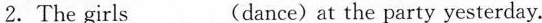
2. The girls___(dance)at the party yesterday.